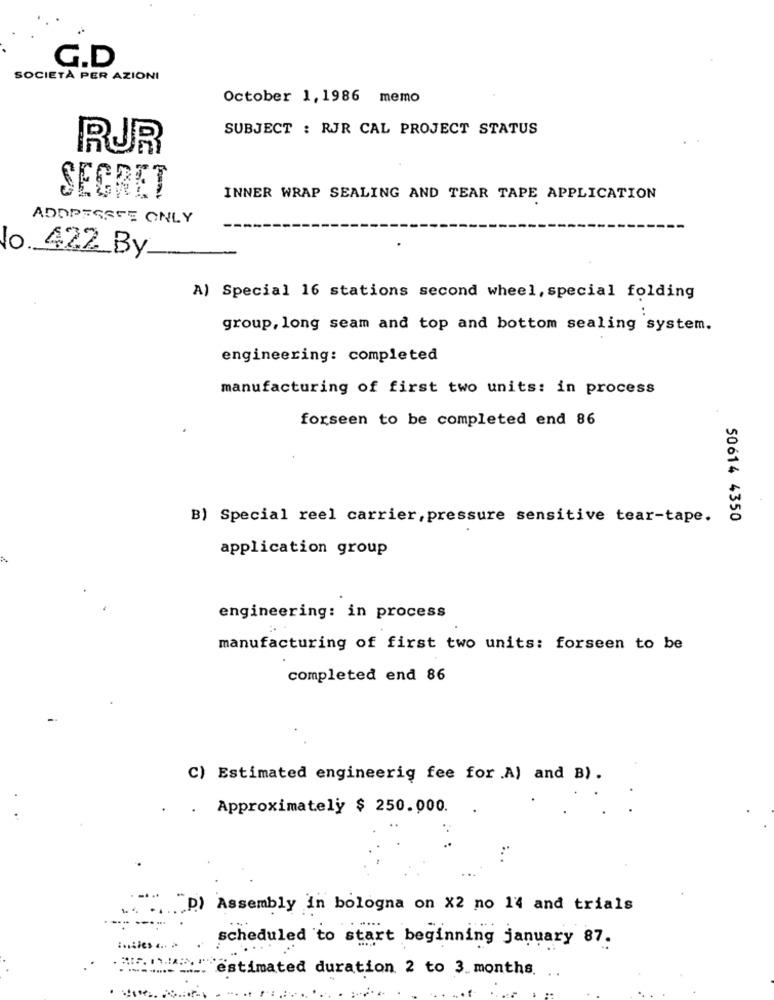
G.D
SOCIETÀ PER AZIONI
October 1,1986 memo
SUBJECT : RJR CAL PROJECT STATUS
RUR
SECRET
INNER WRAP SEALING AND TEAR TAPE APPLICATION
ADOPEESTE ONLY
No. 422_By
A) Special 16 stations second wheel, special folding
group, long seam and top and bottom sealing system.
engineering: completed
manufacturing of first two units: in process
forseen to be completed end 86
B) Special reel carrier, pressure sensitive tear-tape.
50614 4350
application group
engineering: in process
manufacturing of first two units: forseen to be
completed end 86
C) Estimated engineerig fee for .A) and B).
Approximately $ 250.000.
D) Assembly in bologna on X2 no 14 and trials
scheduled to start beginning january 87.
estimated duration 2 to 3 months.